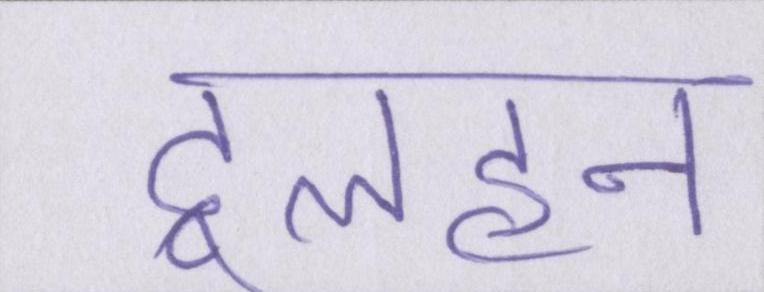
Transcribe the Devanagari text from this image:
दुलहन